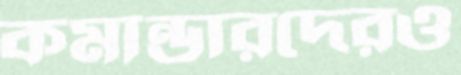
কমান্ডারদেরও